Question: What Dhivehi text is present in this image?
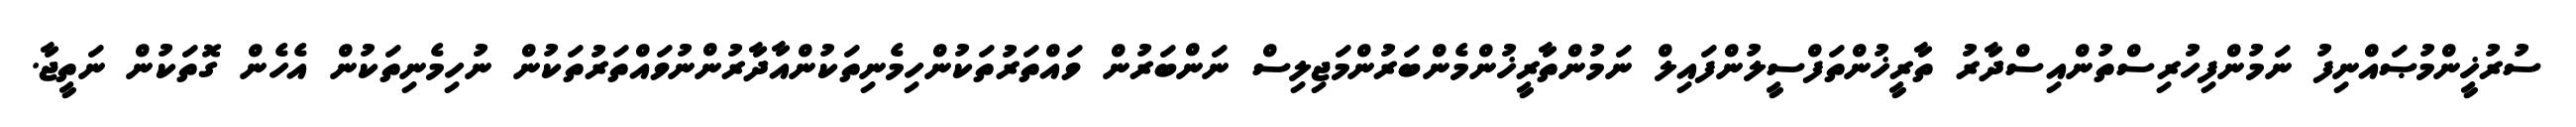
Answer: ސުރުޚީންމުޞައްނިފު ނަމުންފިހުރިސްތުންއިސްދާރު ތާރީޚުންތަފްސީލުންފައިލް ނަމުންތާރީޚުންމެންބަރުންމަޖިލިސް ނަންބަރުން ވައްތަރުތަކުންހިމެނިތަކުންއާދާރުންނުވައްތަރުތަކުން ނުހިމެނިތަކުން އެހެން ގޮތަކުން ނަތީޖާ.